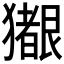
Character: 𪻊